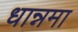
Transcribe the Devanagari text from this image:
धान्नमा